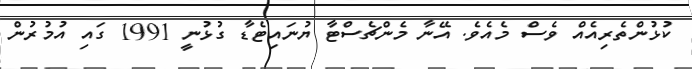
ކުޅުންތެރިއެއް ވެސް މެއެވެ. އޭނާ މެންޗެސްޓާ ޔުނައިޓެޑާ ގުޅުނީ 1991 ގައި އުމުރުން